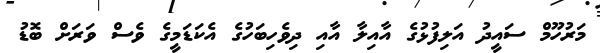
މަރުހޫމް ސައީދު އަލިފުޅުގެ އާއިލާ އާއި ދިވެހިބަހުގެ އެކަޑަމީގެ ވެސް ވަރަށް ބޮޑު